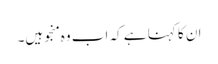
ان کا کہنا ہے کہ اب وہ منجو ہیں۔